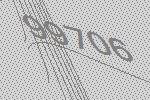
99706